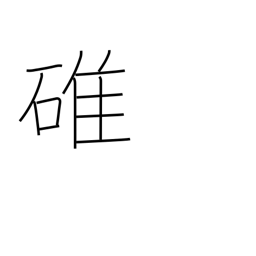
Meaning: pestle